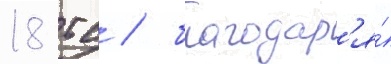
18 тс / благодар'я́